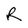
Character: R